Indian journal of veterinary science and animal husbandry - Volume 8,
Year: 1938
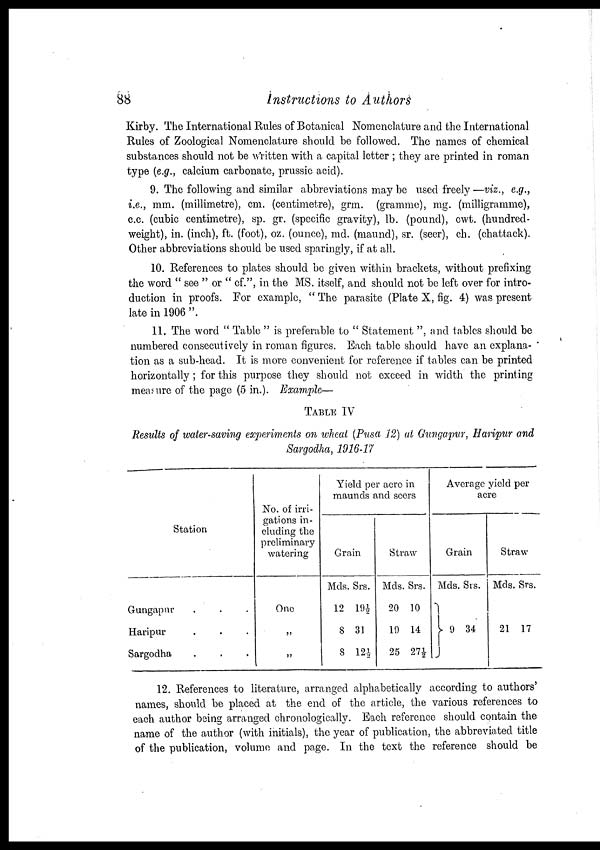
88
Instructions to Authors
Kirby. The International Rules of Botanical Nomenclature and the International
Rules of Zoological Nomenclature should be followed. The names of chemical
substances should not be written with a capital letter ; they are printed in roman
type (e.g., calcium carbonate, prussic acid).
9. The following and similar abbreviations may be used freely —viz., e.g.,
i.e., mm. (millimetre), cm. (centimetre), grm. (gramme), mg. (milligramme),
c.c. (cubic centimetre), sp. gr. (specific gravity), lb. (pound), cwt. (hundred-
weight), in. (inch), ft. (foot), oz. (ounce), md. (maund), sr. (seer), ch. (chattack).
Other abbreviations should be used sparingly, if at all.
10. References to plates should be given within brackets, without prefixing
the word " see " or " cf. ", in the MS. itself, and should not be left over for intro-
duction in proofs. For example, " The parasite (Plate X, fig. 4) was present
late in 1906 ".
11. The word " Table " is preferable to " Statement ", and tables should be
numbered consecutively in roman figures. Each table should have an explana-
tion as a sub-head. It is more convenient for reference if tables can be printed
horizontally ; for this purpose they should not exceed in width the printing
measure of the page (5 in.). Example—
TABLE IV
Results of water-saving experiments on wheat (Pusa 12) at Gungapur, Haripur and
Sargodha, 1916-17
Station
Gungapur . . .
Haripur . . .
Sargodha . . .
No. of irri-
gations in-
cluding the
preliminary
watering
One
„
„
Yield per acre in
maunds and seers
Grain
Mds. Srs.
12 19½
8 31
8 12½
Straw
Mds. Srs.
20 10
19 14
25 27½
Average yield per
acre
Grain
Mds. Srs.
} 9 34
Straw
Mds. Srs.
21 17
12. References to literature, arranged alphabetically according to authors'
names, should be placed at the end of the article, the various references to
each author being arranged chronologically. Each reference should contain the
name of the author (with initials), the year of publication, the abbreviated title
of the publication, volume and page. In the text the reference should be